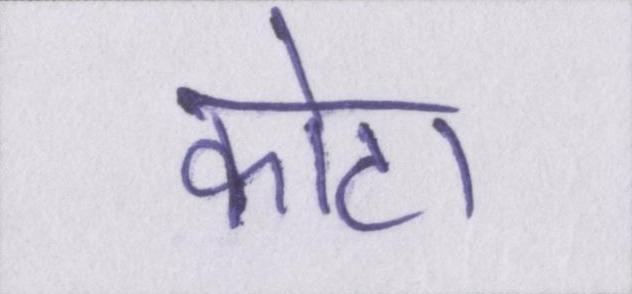
कोटा